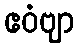
ဧဝံဗျာ